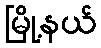
မြို့နယ်